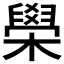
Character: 𦦗